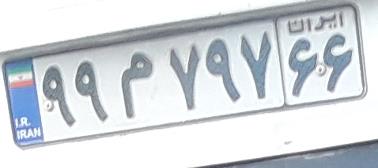
۹۹م۷۹۷۶۶